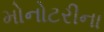
મોનોટરીના